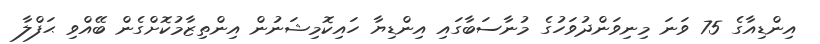
އިންޑިއާގެ 75 ވަނަ މިނިވަންދުވަހުގެ މުނާސަބާގައި އިންޑިޔާ ހައިކޮމިޝަނުން އިންތިޒާމުކޮށްގެން ބޭއްވި ޙަފްލާ